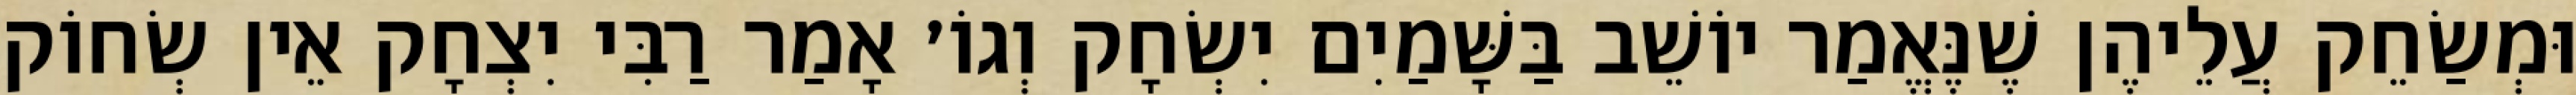
וּמְשַׂחֵק עֲלֵיהֶן שֶׁנֶּאֱמַר יוֹשֵׁב בַּשָּׁמַיִם יִשְׂחָק וְגוֹ׳ אָמַר רַבִּי יִצְחָק אֵין שְׂחוֹק